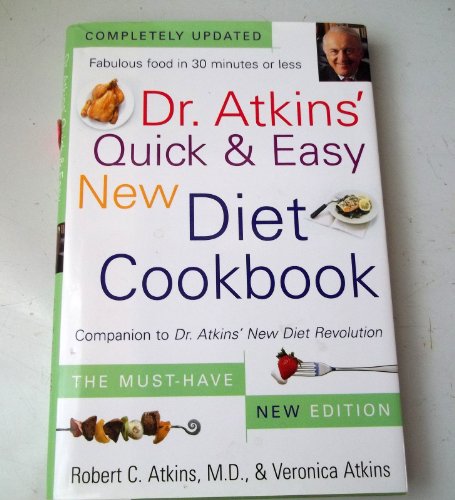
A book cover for Dr. Atkins Quick & Easy New Diet Cookbook Companion to Dr. Atkins New Diet Revolution - 2004 publication.; Robert C. Atkins M.D.; Health, Fitness & Dieting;